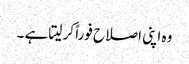
وہ اپنی اصلاح فوراً کر لیتا ہے ۔